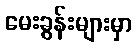
မေးခွန်းများမှာ